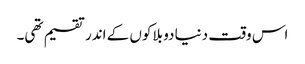
اس وقت دنیا دو بلاکوں کے اندر تقسیم تھی۔